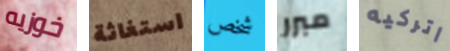
خوزيه استغاثة شخص مبرر اتركيه